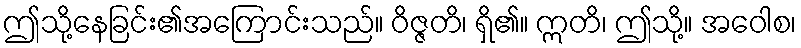
ဤသို့နေခြင်း၏အကြောင်းသည်။ ဝိဇ္ဇတိ၊ ရှိ၏။ ဣတိ၊ ဤသို့။ အဝေါစ၊